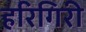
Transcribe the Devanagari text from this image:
हरिगिरी